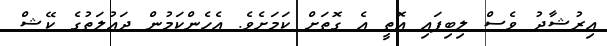
އިރުޝާދު ވެސް ލިބިފައި އޮތީ އެ ގޮތަށް ކަމަށެވެ. އެހެންކަމުން ދައުލަތުގެ ކޭޝް